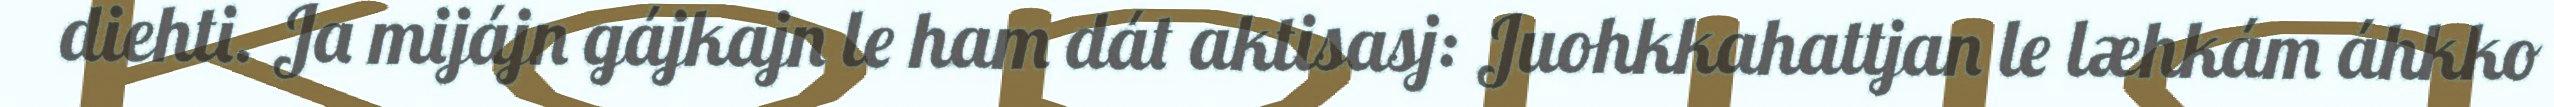
diehti. Ja mijájn gájkajn le ham dát aktisasj: Juohkkahattjan le læhkám áhkko